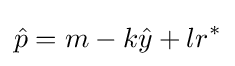
{\hat {p}}=m-k{\hat {y}}+lr^{*}